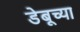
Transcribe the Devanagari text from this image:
डेबूच्या